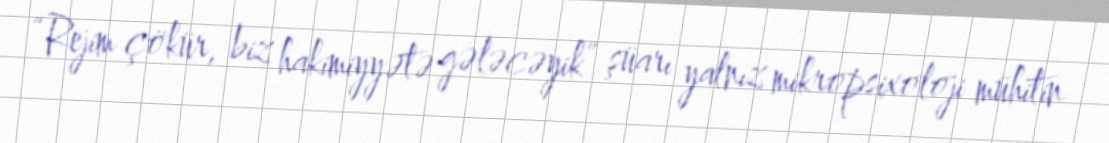
“Rejim çökür, biz hakimiyyətə gələcəyik” şüarı yalnız mikropsixoloji mühitin